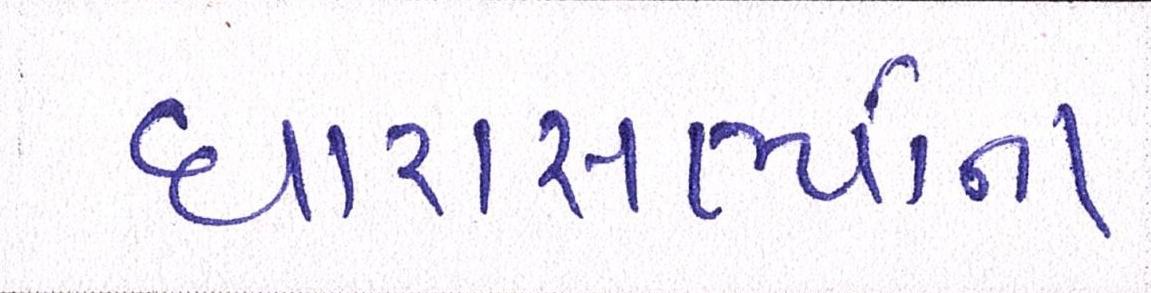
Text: ધારાસભ્યોના